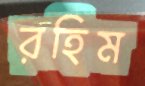
রহিম